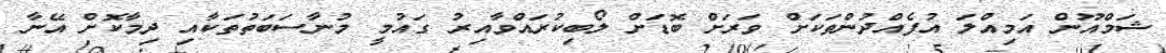
ޝަމްއޫން އަމިއްލަ އުފެއްދުންތަކަށް ވަރަށް ބޮޑަށް ލޯބިކުރައްވާއިރު ގައުމީ މުނާސަބަތުތަކާއި ދިމާކޮށް އޭނާ